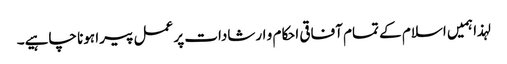
لہذا ہمیں اسلام کے تمام آفاقی احکام و ارشادات پر عمل پیرا ہونا چاہیے۔